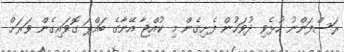
ރަސްފަންނު ހުޅެވި ދުވަހުން ފެށިގެން މި ކުއްޖާ އޭނާގެ ބައްޕަ ގޮވައިގެން ވަރަށް